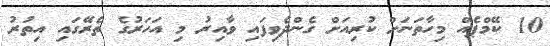
10 ކޭމްޕެއް މިހާތަނަށް ކުރިއަށް ގެންދެވިފައި ވާއިރު މި އަހަރުގެ ތެރޭގައި އިތުރު